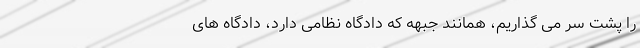
را پشت سر می گذاریم، همانند جبهه که دادگاه نظامی دارد، دادگاه های